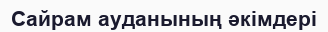
Сайрам ауданының әкімдері